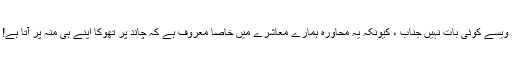
ویسے کوئی بات نہیں جناب ، کیونکہ یہ محاورہ ہمارے معاشرے میں خاصا معروف ہے کہ چاند پر تھوکا اپنے ہی منہ پر آتا ہے!